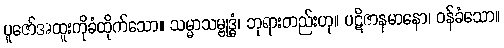
ပူဇော်အထူးကိုခံထိုက်သော။ သမ္မာသမ္ဗုဒ္ဓံ၊ ဘုရားတည်းဟု။ ပဋိဇာနမာနော၊ ဝန်ခံသော။